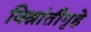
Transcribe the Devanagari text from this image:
विश्रांतीगृहे